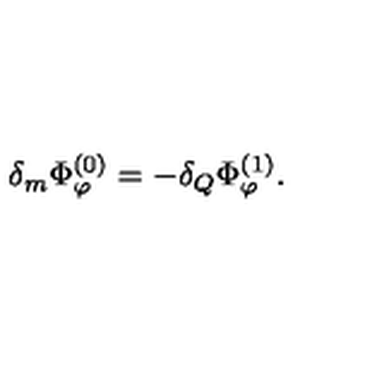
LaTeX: \delta _ { m } \Phi _ { \varphi } ^ { ( 0 ) } = - \delta _ { Q } \Phi _ { \varphi } ^ { ( 1 ) } .